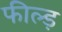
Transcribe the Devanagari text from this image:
फील्ड़